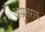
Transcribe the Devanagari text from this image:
अम्रुतराय